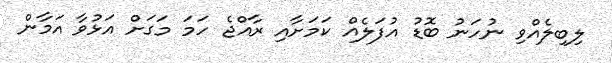
ލިބިލެއްވި ނުހަނު ބޮޑު އުފަލެއް ކަމަށާއި ރާއްޖެ ހަމަ މަގަށް އަޅުވާ އަމާން